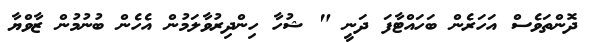
ދޮންތަވެސް އަހަރެން ބަހައްޓާފަ ދަނީ " ޝުހާ ހިންދިރުވާލަމުން އެހެން ބުނުމުން ޒާވްޔާ